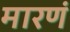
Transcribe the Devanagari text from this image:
मारणं